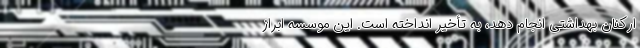
ارکنانِ بهداشتی انجام دهد، به تأخیر انداخته است. این موسسه ابراز